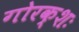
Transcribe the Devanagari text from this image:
गोरक्शः